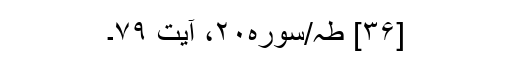
[۳۶] طہ/سوره۲۰، آیت ۷۹۔